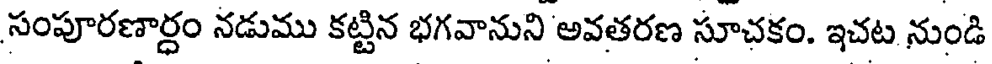
సంపూరణార్ధం నడుము కట్టిన భగవానుని అవతరణ సూచకం. ఇచట నుండి